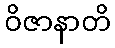
ဝိဇာနာတိ